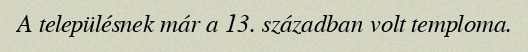
A településnek már a 13. században volt temploma.